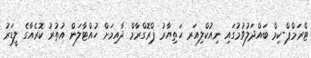
ޓްރަމްޕް-ކިމް ބައްދަލުވުމުގައި ނިއުކްލިއަރ ހަތިޔާރު ޕްރޮގްރާމް ދާއިމަށް ހުއްޓާލަން އުތުރު ކޮރެއާގެ ލީޑަރު